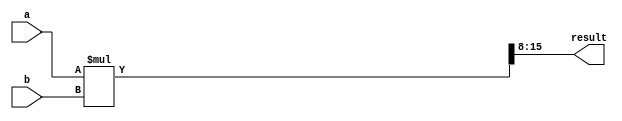
module multiplier(
    input [7:0] a, b,
    output [7:0] result
);

    wire [15:0] mult;
    assign mult = a * b;
    assign result = mult[15:8];

endmodule